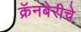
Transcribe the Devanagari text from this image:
क्रॅनबेरीचे